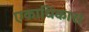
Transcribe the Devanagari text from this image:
एकाधिकार।